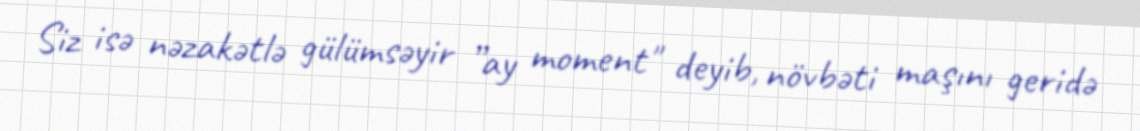
Siz isə nəzakətlə gülümsəyir ”ay moment" deyib, növbəti maşını geridə